Burma Government Medical School reports 1923-41
Year: 1923
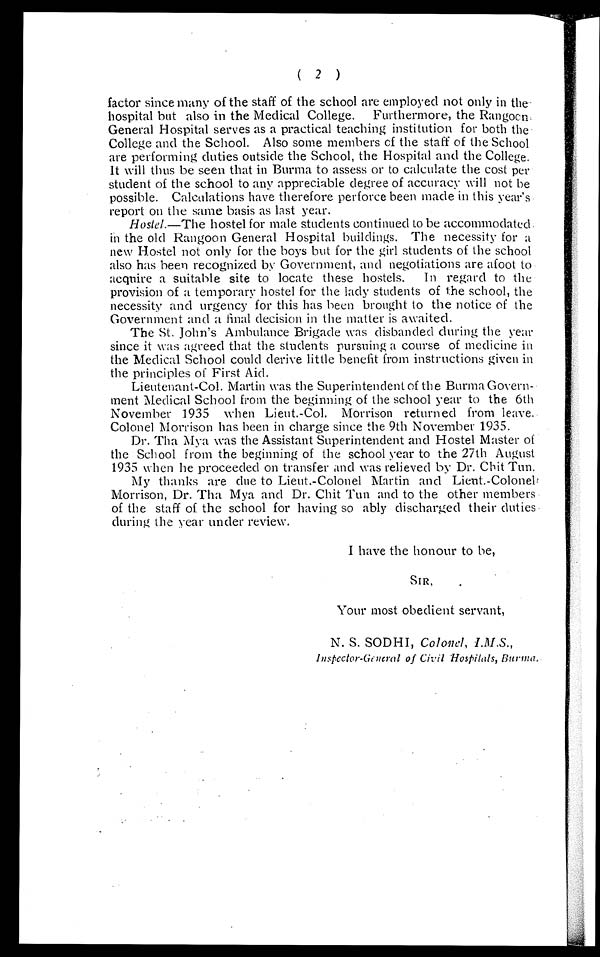
( 2 )
factor since many of the staff of the school are employed not only in the
hospital but also in the Medical College. Furthermore, the Rangoon,the
General Hospital serves as a practical teaching institution for both the
College and the School. Also some members of the staff of the School
are performing duties outside the School, the Hospital and the College.
It will thus be seen that in Burma to assess or to calculate the cost per
student of the school to any appreciable degree of accuracy will not be
possible. Calculations have therefore perforce been made in this year's
report on the same basis as last year.
Hostel .—The hostel for male students continued to be accommodated.
in the old Rangoon General Hospital buildings. The necessity for a
new Hostel not only for the boys but for the girl students of the school
also has been recognized by Government, and negotiations are afoot to
acquire a suitable site to locate these hostels. In regard to the
provision of a temporary hostel for the lady students of the school, the
necessity and urgency for this has been brought to the notice of the
Government and a final decision in the matter is awaited.
The St. John's Ambulance Brigade was disbanded during the year
since it was agreed that the students pursuing a course of medicine in
the Medical School could derive little benefit from instructions given in
the principles of First Aid.
Lieutenant-Col. Martin was the Superintendent of the Burma Govern-
ment Medical School from the beginning of the school year to the 6th
November 1935 when Lieut.-Col. Morrison returned from leave.
Colonel Morrison has been in charge since the 9th November 1935.
Dr. Tha Mya was the Assistant Superintendent and Hostel Master of
the School from the beginning of the school year to the 27th August
1935 when he proceeded on transfer and was relieved by Dr. Chit Tun.
My thanks are due to Lieut.-Colonel Martin and Lieut.-Colonel
Morrison, Dr. Tha Mya and Dr. Chit Tun and to the other members
of the staff of the school for having so ably discharged their duties,
during the year under review.
I have the honour to be,
SIR,
Your most obedient servant,
•
N. S. SODHI, Colonel, I.M.S .,